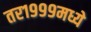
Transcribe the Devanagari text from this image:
तर१९९९मध्ये